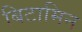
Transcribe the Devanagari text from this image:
बिटामिन